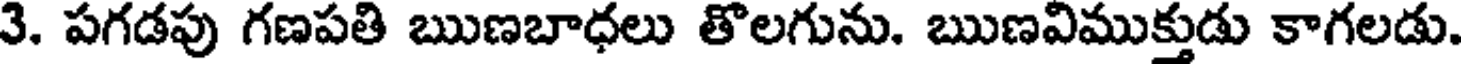
3. పగడపు గణపతి ఋణబాధలు తొలగును. ఋణవిముక్తుడు కాగలడు.